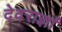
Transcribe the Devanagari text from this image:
देवराज्ञां